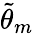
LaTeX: \tilde{\theta}_{m}